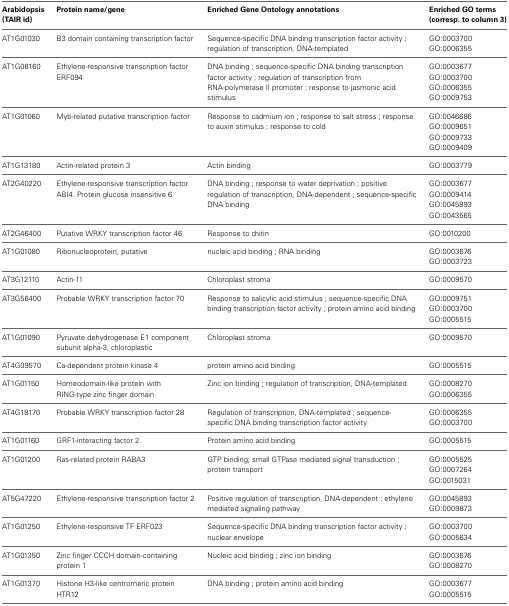
<table><thead><tr><td><b>Arabidopsis (TAIR id)</b></td><td><b>Protein name/gene</b></td><td><b>Enriched Gene Ontology annotations</b></td><td><b>Enriched GO terms (corresp. to column 3)</b></td></tr></thead><tbody><tr><td rowspan="2">AT1G01030</td><td rowspan="2">B3 domain containing transcription factor</td><td rowspan="2">Sequence-specific DNA binding transcription factor activity ; regulation of transcription, DNA-templated</td><td>GO:0003700</td></tr><tr><td>GO:0006355</td></tr><tr><td rowspan="4">AT1G06160</td><td rowspan="4">Ethylene-responsive transcription factor ERF094</td><td rowspan="4">DNA binding ; sequence-specific DNA binding transcription factor activity ; regulation of transcription from RNA-polymerase II promoter ; response to jasmonic acid stimulus</td><td>GO:0003677</td></tr><tr><td>GO:0003700</td></tr><tr><td>GO:0006355</td></tr><tr><td>GO:0009753</td></tr><tr><td rowspan="4">AT1G01060</td><td rowspan="4">Myb-related putative transcription factor</td><td rowspan="4">Response to cadmium ion ; response to salt stress ; response to auxin stimulus ; response to cold</td><td>GO:0046686</td></tr><tr><td>GO:0009651</td></tr><tr><td>GO:0009733</td></tr><tr><td>GO:0009409</td></tr><tr><td>AT1G13180</td><td>Actin-related protein 3</td><td>Actin binding</td><td>GO:0003779</td></tr><tr><td rowspan="4">AT2G40220</td><td rowspan="4">Ethylene-responsive transcription factor ABI4. Protein glucose insensitive 6</td><td rowspan="4">DNA binding ; response to water deprivation ; positive regulation of transcription, DNA-dependent ; sequence-specific DNA binding</td><td>GO:0003677</td></tr><tr><td>GO:0009414</td></tr><tr><td>GO:0045893</td></tr><tr><td>GO:0043565</td></tr><tr><td>AT2G46400</td><td>Putative WRKY transcription factor 46</td><td>Response to chitin</td><td>GO:0010200</td></tr><tr><td rowspan="2">AT1G01080</td><td rowspan="2">Ribonucleoprotein, putative</td><td rowspan="2">nucleic acid binding ; RNA binding</td><td>GO:0003676</td></tr><tr><td>GO:0003723</td></tr><tr><td>AT3G12110</td><td>Actin-11</td><td>Chloroplast stroma</td><td>GO:0009570</td></tr><tr><td rowspan="3">AT3G56400</td><td rowspan="3">Probable WRKY transcription factor 70</td><td rowspan="3">Response to salicylic acid stimulus ; sequence-specific DNA binding transcription factor activity ; protein amino acid binding</td><td>GO:0009751</td></tr><tr><td>GO:0003700</td></tr><tr><td>GO:0005515</td></tr><tr><td>AT1G01090</td><td>Pyruvate dehydrogenase E1 component subunit alpha-3, chloroplastic</td><td>Chloroplast stroma</td><td>GO:0009570</td></tr><tr><td>AT4G09570</td><td>Ca-dependent protein kinase 4</td><td>protein amino acid binding</td><td>GO:0005515</td></tr><tr><td rowspan="2">AT1G01150</td><td rowspan="2">Homeodomain-like protein with RING-type zinc finger domain</td><td rowspan="2">Zinc ion binding ; regulation of transcription, DNA-templated</td><td>GO:0008270</td></tr><tr><td>GO:0006355</td></tr><tr><td rowspan="2">AT4G18170</td><td rowspan="2">Probable WRKY transcription factor 28</td><td rowspan="2">Regulation of transcription, DNA-templated ; sequence- specific DNA binding transcription factor activity</td><td>GO:0006355</td></tr><tr><td>GO:0003700</td></tr><tr><td>AT1G01160</td><td>GRF1-interacting factor 2</td><td>Protein amino acid binding</td><td>GO:0005515</td></tr><tr><td rowspan="3">AT1G01200</td><td rowspan="3">Ras-related protein RABA3</td><td rowspan="3">GTP binding; small GTPase mediated signal transduction ; protein transport</td><td>GO:0005525</td></tr><tr><td>GO:0007264</td></tr><tr><td>GO:0015031</td></tr><tr><td rowspan="2">AT5G47220</td><td rowspan="2">Ethylene-responsive transcription factor 2</td><td rowspan="2">Positive regulation of transcription, DNA-dependent ; ethylene mediated signaling pathway</td><td>GO:0045893</td></tr><tr><td>GO:0009873</td></tr><tr><td rowspan="2">AT1G01250</td><td rowspan="2">Ethylene-responsive TF ERF023</td><td rowspan="2">Sequence-specific DNA binding transcription factor activity ; nuclear envelope</td><td>GO:0003700</td></tr><tr><td>GO:0005634</td></tr><tr><td rowspan="2">AT1G01350</td><td rowspan="2">Zinc finger CCCH domain-containing protein 1</td><td rowspan="2">Nucleic acid binding ; zinc ion binding</td><td>GO:0003676</td></tr><tr><td>GO:0008270</td></tr><tr><td rowspan="2">AT1G01370</td><td rowspan="2">Histone H3-like centromeric protein HTR12</td><td rowspan="2">DNA binding ; protein amino acid binding</td><td>GO:0003677</td></tr><tr><td>GO:0005515</td></tr></tbody></table>